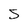
Character: S